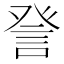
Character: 𧦴